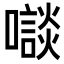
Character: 𡃘